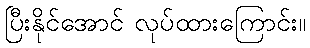
ပြီးနိုင်အောင် လုပ်ထားကြောင်း။